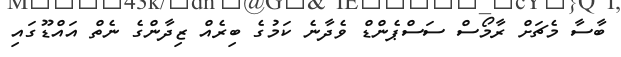
ބާސާ މެޗަށް ރާމޯސް ސަސްޕެންޑް ވެދާނެ ކަމުގެ ބިރެއް ޒިދާންގެ ނެތް އައްޑޫގައި